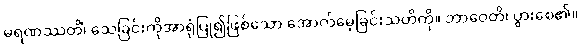
မရဏဿတိံ၊ သေခြင်းကိုအာရုံပြု၍ဖြစ်သော အောက်မေ့ခြင်းသတိကို။ ဘာဝေတိ၊ ပွားစေ၏။